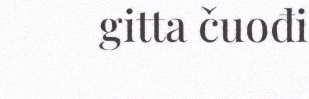
gitta čuođi